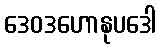
ဒေဝဒဟောနုပဒေါ